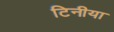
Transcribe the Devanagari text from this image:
टिनीया